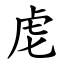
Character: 䖈